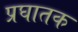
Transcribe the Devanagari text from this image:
प्रघातक